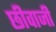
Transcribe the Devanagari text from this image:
छीवाजी